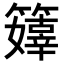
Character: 𥶜